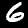
Digit: 6